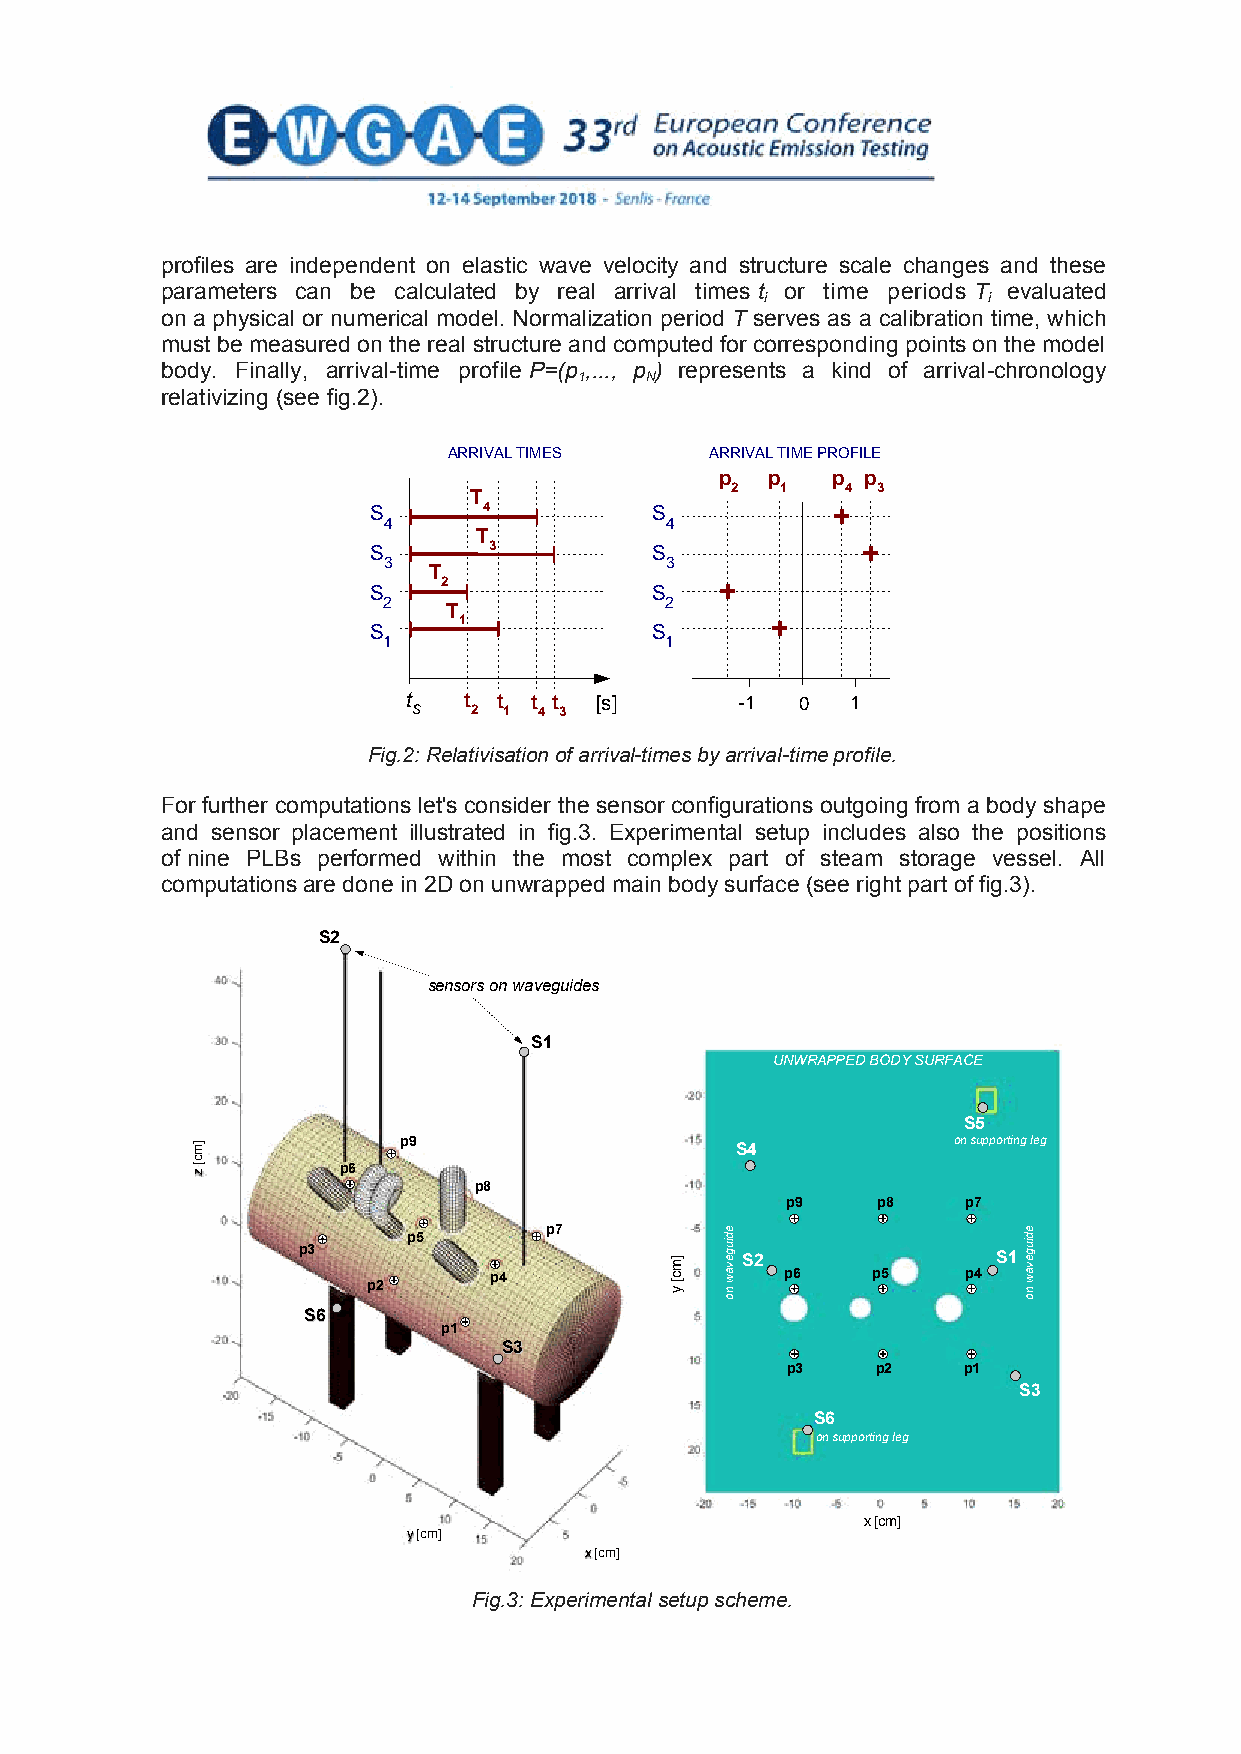
profiles are independent on elastic wave velocity and structure scale changes and these
 parameters can be calculated by real arrival times t or time periods T evaluated
 i             i
 on a physical or numerical model. Normalization period T serves as a calibration time, which
 must be measured on the real structure and computed for corresponding points on the model
 body. Finally, arrival-time profile P=(p ,..., p ) represents a kind of arrival-chronology
 1    N
 relativizing (see fig.2).
 ARRIVAL TIMES    ARRIVAL TIME PROFILE
 p  p   p p
 2   1   4 3
 T
 S       4          S           +
 4                  4
 T
 S       3          S             +
 3                  3
 T
 S    2             S    +
 2    T             2
 1                    +
 S                  S
 1                  1
 t   t t t t [s]       -1  0  1
 S   2 1  4 3
 Fig.2: Relativisation of arrival-times by arrival-time profile.
 For further computations let's consider the sensor configurations outgoing from a body shape
 and sensor placement illustrated in fig.3. Experimental setup includes also the positions
 of nine PLBs performed within the most complex part of steam storage vessel. All
 computations are done in 2D on unwrapped main body surface (see right part of fig.3).
 S2
 sensors on waveguides
 S1
 UNWRAPPED BODY SURFACE
 S5
 p9                                   on supporting leg S4
 p6
 p8
 p9    p8    p7
 p7 p5
 p3
 S2               S1
 p4                  p6    p5    p4
 p2
 SS66
 p1
 SS33
 p3    p2    p1
 S3
 S6
 on supporting leg
 x [cm]
 y [cm]
 x [cm]
 Fig.3: Experimental setup scheme.
 3
 ]mc[
 z
 ]mc[
 y
 ediugevaw
 no
 ediugevaw
 no